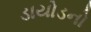
ડાયોડનો